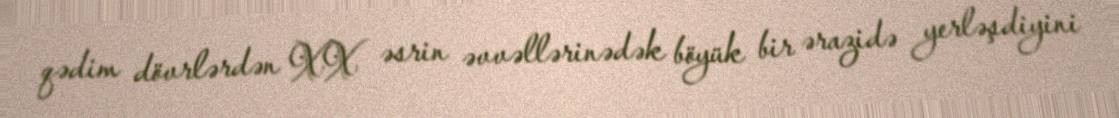
qədim dövrlərdən XX əsrin əvvəllərinədək böyük bir ərazidə yerləşdiyini